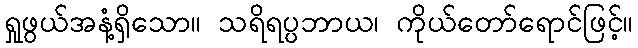
ရှုဖွယ်အနံ့ရှိသော။ သရိရပ္ပဘာယ၊ ကိုယ်တော်ရောင်ဖြင့်။